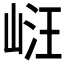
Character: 𭖧